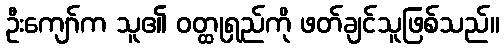
ဦးကျော်က သူ၏ ဝတ္ထုရှည်ကို ဖတ်ချင်သူဖြစ်သည်။